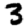
Digit: 3